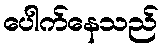
ပေါက်နေသည်